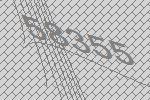
58355